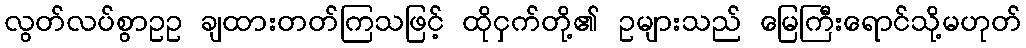
လွတ်လပ်စွာဥဥ ချထားတတ်ကြသဖြင့် ထိုငှက်တို့၏ ဥများသည် မြေကြီးရောင်သို့မဟုတ်